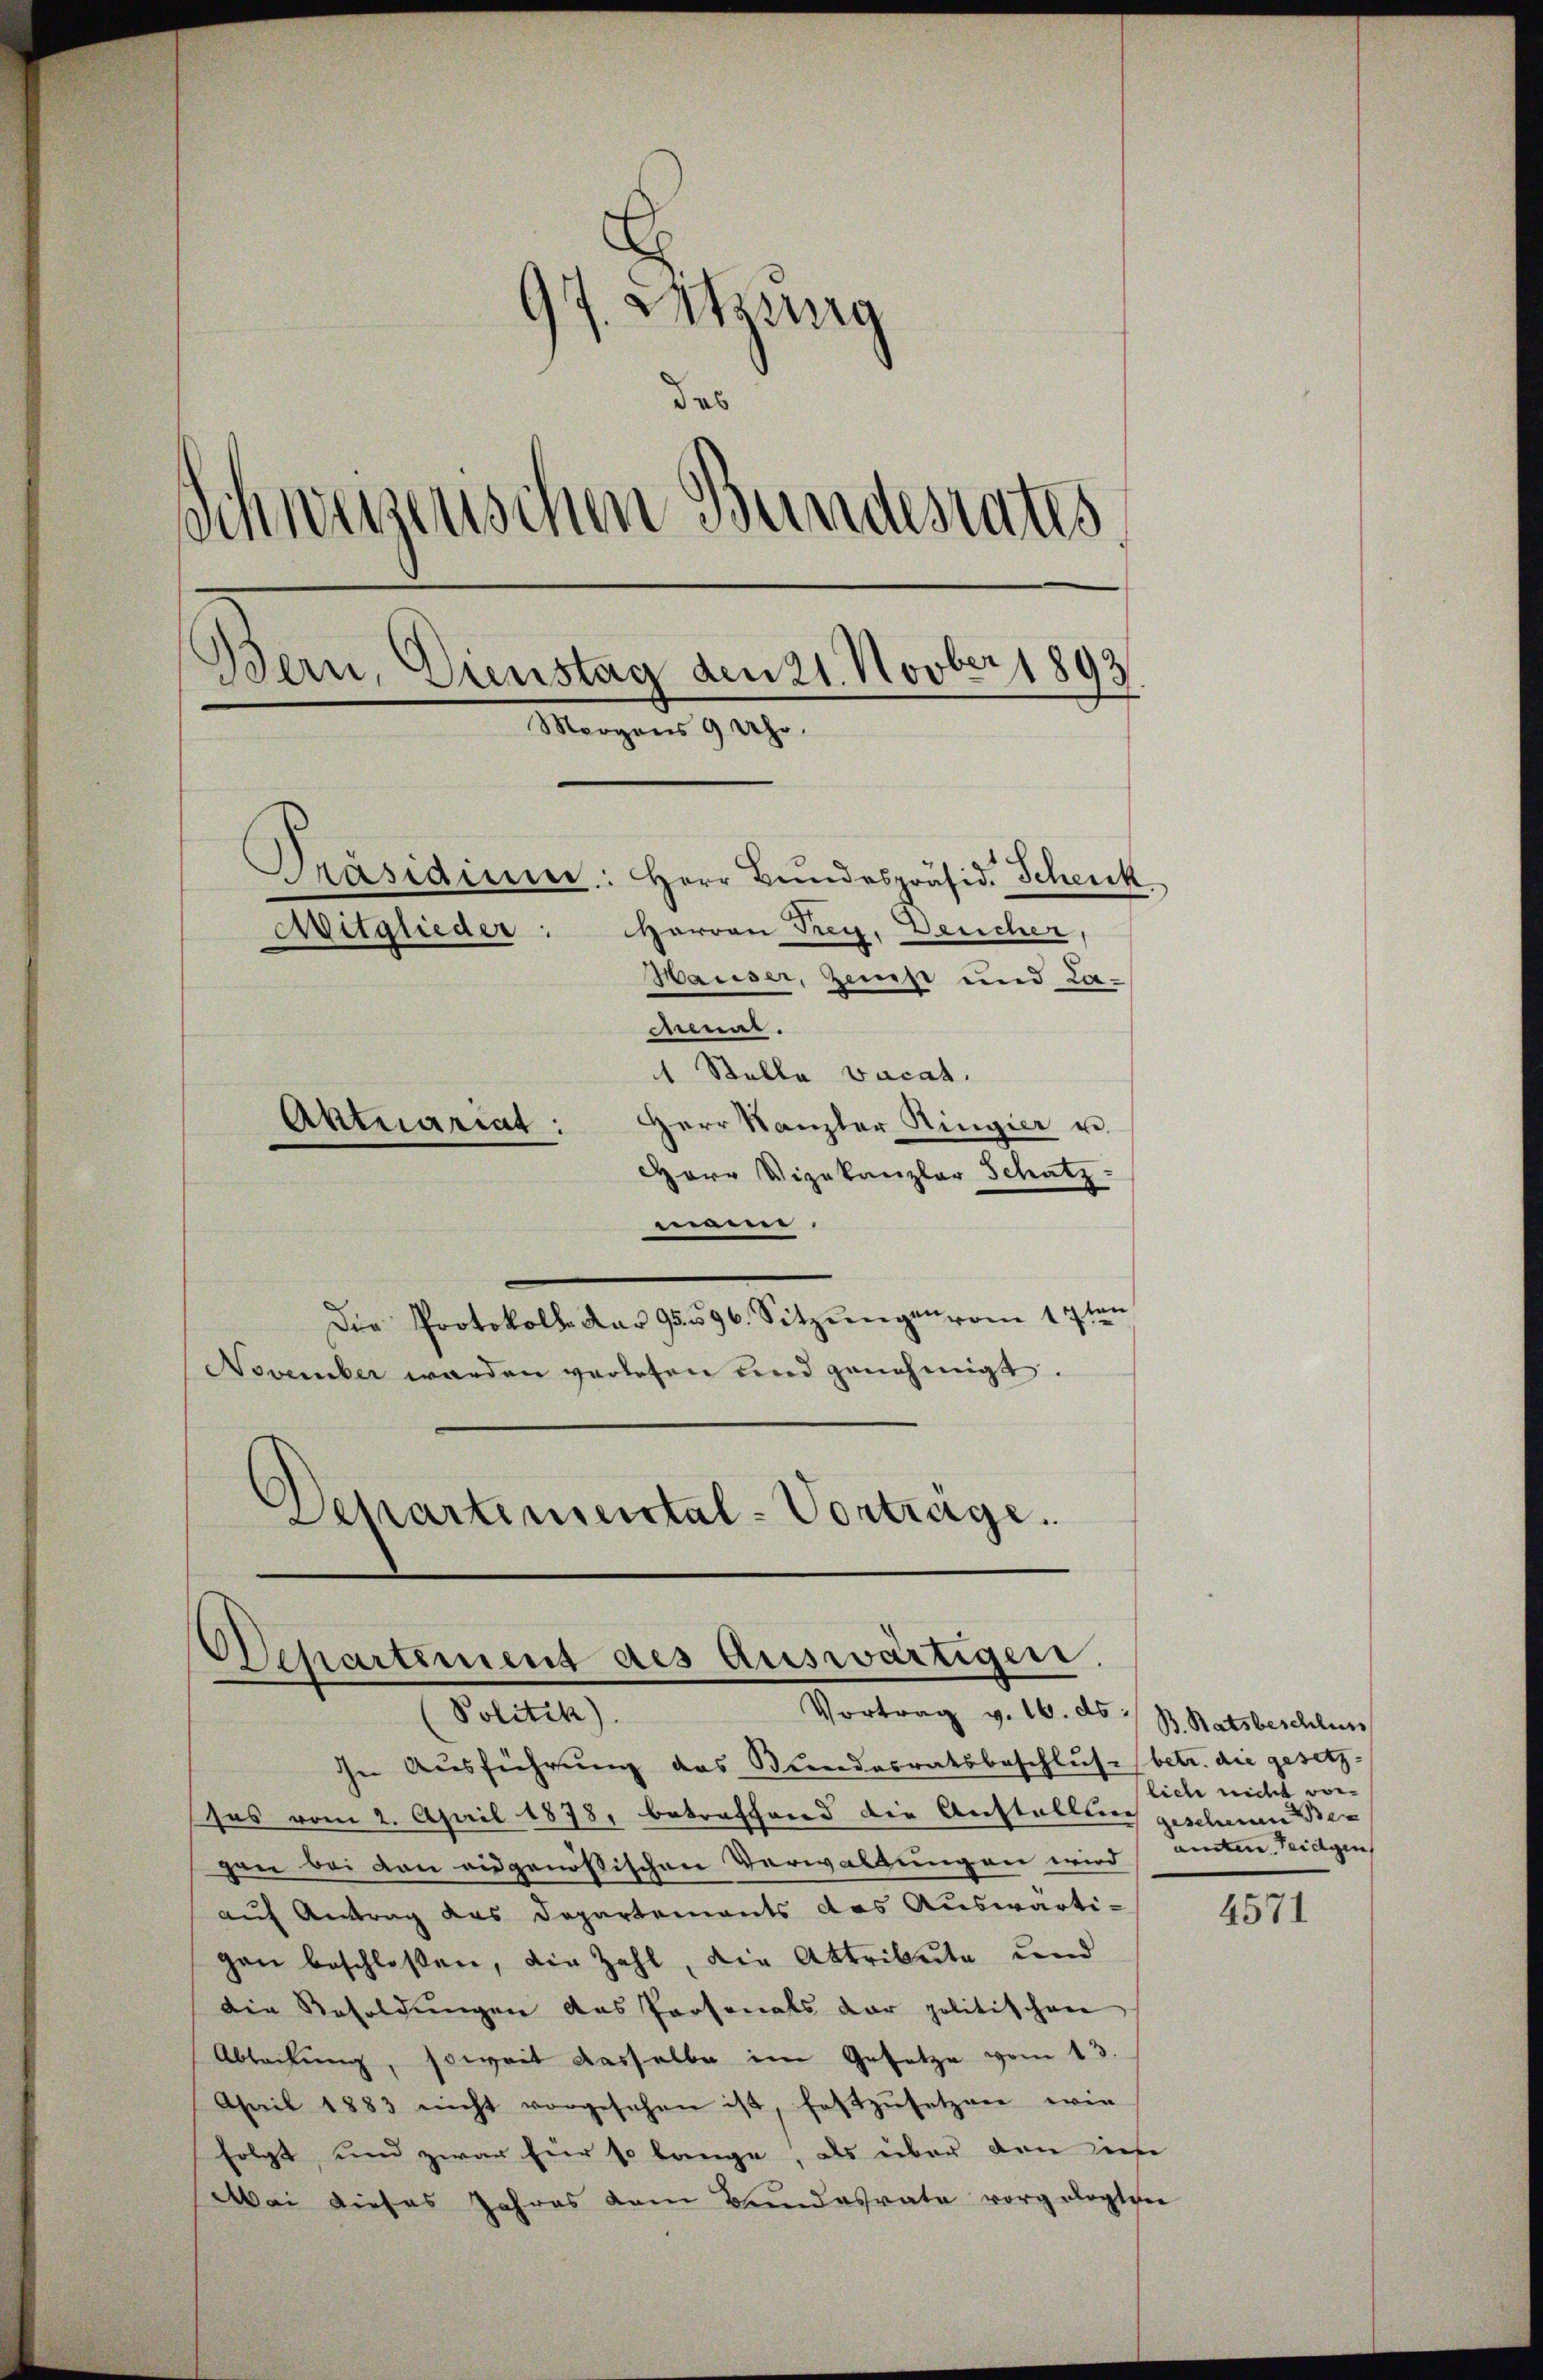
97. Sitzung
das
Schwerzenschen Bundesrates
Bern, Dienstag den 21. Novber 1893
Morgens 9 Uhr.
Präsidimer: Herr Bundespräsid. Schenk
Herren Frey. Deucher,
Mitglieder:
Hauser, Zemst und Lamar.

Stalla vacat.
Herr Kanzler Ringier u.
Herr Vizekanzlar Schatz-
maine.
Die Protokolle dar 95. 596. Sitzŭngen vom 17ten
November werden verlesen und genehmigt.
Departemental-Vortrage.

Aktuariat:

Departement des auswärtigen.
Politik).
Vortrag v. 16. ds :/ B. Ratsbeschluss

ihn Ausführung das Stundesratsbeschlus (betr. die gesetz-
sas vom 2. April 1878, betroffend die Anstallung geschenen Begen bei von eidgenößischen Verwaltungen wird samte Teidgen
auf Antrag das Departements das Auswärtigan beschloßen, die Zahl, die Attribute und
die Resoldungen das Personals der politischen
Abteilŭng, soweit dasselbe im Gesetze vom 13.
April 1883 nicht vorgesehen ist, festzusetzen wie
folgt und zwar für so lange, als über den im
Aei dieses Jahres dem Bundesrate vorgelegten

liche nicht vor-

4571